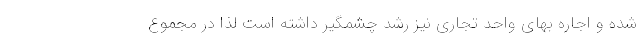
شده و اجاره بهای واحد تجاری نیز رشد چشمگیر داشته است لذا در مجموع